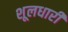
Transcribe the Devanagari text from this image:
शूलधारी